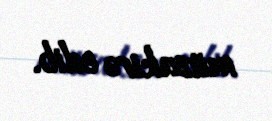
müzakirə edib.